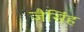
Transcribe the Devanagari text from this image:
जैसिंह